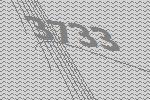
3733